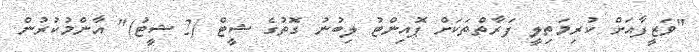
"ވަޒީފާއަށް ކުރިމަތިލީ ފަރާތްތަކަށް ޕޮއިންޓު ލިބުނު ގޮތުގެ ޝީޓް (2 ޝީޓު)" އާންމުކުރުން